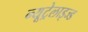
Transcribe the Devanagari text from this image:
न्यूट्रेलाइज्ड